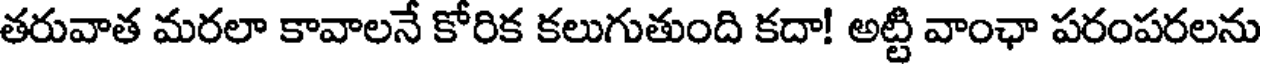
తరువాత మరలా కావాలనే కోరిక కలుగుతుంది కదా! అట్టి వాంఛా పరంపరలను